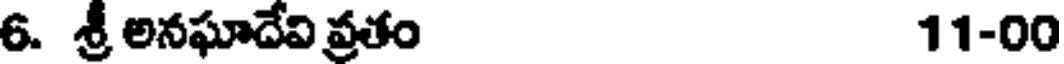
6. శ్రీ అనఘాదేవి ప్రతం 11-00